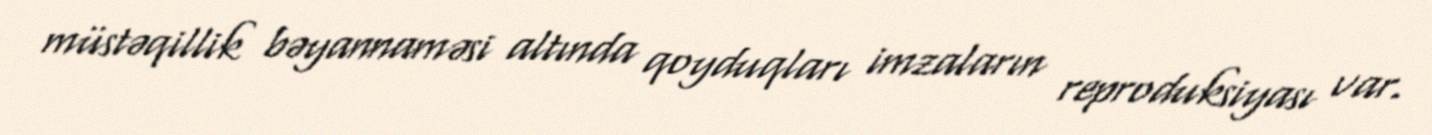
müstəqillik bəyannaməsi altında qoyduqları imzaların reproduksiyası var.